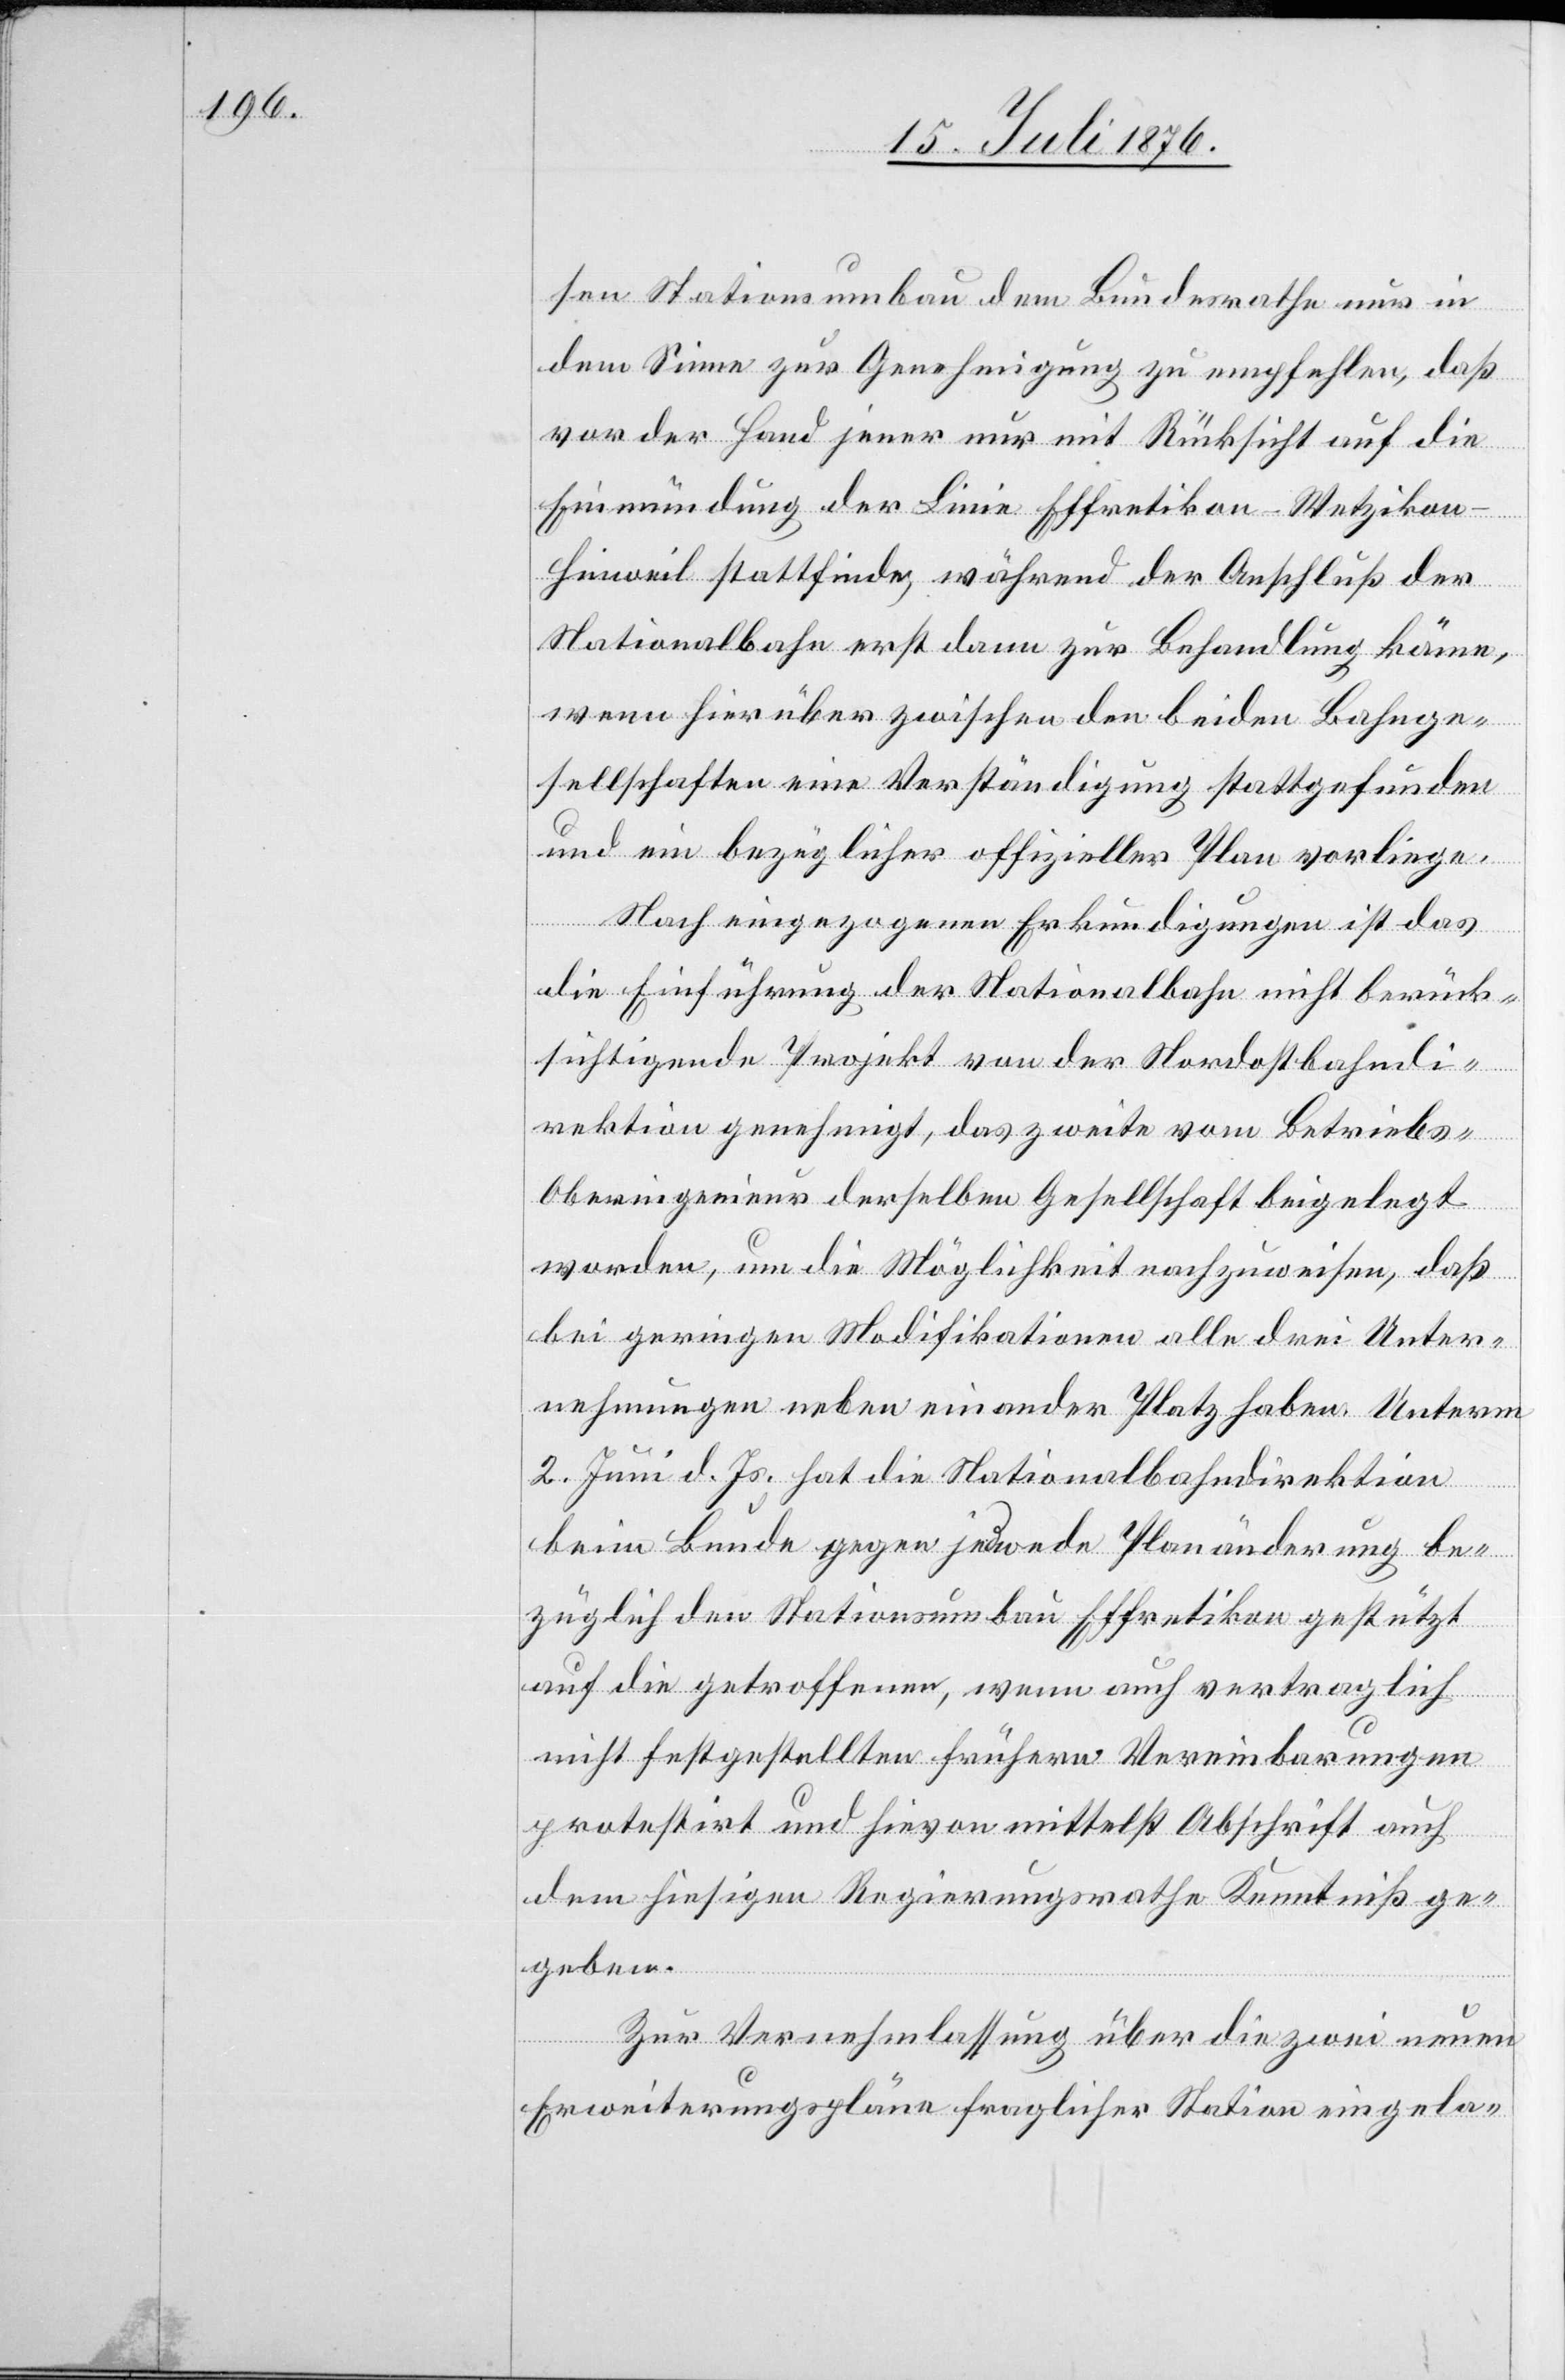
sen Stationsumbau dem Bundesrathe nur in
dem Sinne zur Genehmigung zu empfehlen, das
vor der Hand jener nur mit Rücksicht auf die
Einmündung der Linie Effretikon–Wetzikon–H¬
inweil stattfinde, während der Anschluß der
Nationalbahn erst dann zur Behandlung käme,
wenn hierüber zwischen den beiden Bahnge¬
sellschaften eine Verständigung stattgefunden
und ein bezüglicher offizieller Plan vorliege.
Nach eingezogenen Erkundigungen ist das
die Einführung der Nationalbahn nicht berück¬
sichtigende Projekt von der Nordostbahndi¬
rektion genehmigt, das zweite vom Betrieb¬
s-Oberingenieur derselben Gesellschaft beigelegt
worden, um die Möglichkeit nachzuweisen, das
bei geringen Modifikationen alle drei Unter¬
nehmungen neben einander Platz haben. Unterm
2. Juni d. Js. hat die Nationalbahndirektion
beim Bunde gegen jedwede Planänderung be¬
züglich den Stationsumbau Effretikon gestützt
auf die getroffenen, wenn auch vertraglich
nicht festgestellten frühern Vereinbarungen
protestirt und hievon mittelst Abschrift auch
dem hiesigen Regierungsrathe Kenntnis ge¬
geben.
Zur Vernehmlassung über die zwei neuen
Erweiterungspläne fraglicher Station eingela-